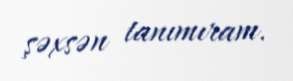
şəxsən tanımıram.